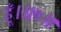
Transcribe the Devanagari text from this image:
हूँ।॥१॥